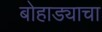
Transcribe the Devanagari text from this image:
बोहाड्याचा